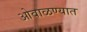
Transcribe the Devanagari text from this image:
ओवाळण्यात